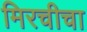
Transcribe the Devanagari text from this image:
मिरचीचा